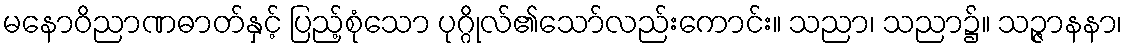
မနောဝိညာဏဓာတ်နှင့် ပြည့်စုံသော ပုဂ္ဂိုလ်၏သော်လည်းကောင်း။ သညာ၊ သညာ၌။ သဉ္ဇာနနာ၊